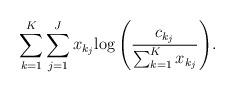
LaTeX: \begin{align*} \sum_{k=1}^K\sum_{j=1}^J x_{k_j}{\log\left( \frac{c_{k_j}}{\sum_{k=1}^K x_{k_j}} \right)}.\end{align*}